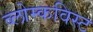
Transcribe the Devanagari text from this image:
ब्लोम्कविस्ट